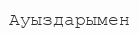
Ауыздарымен